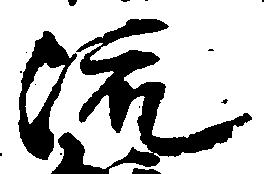
流